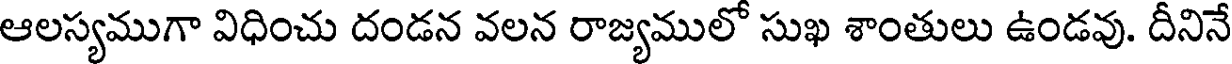
ఆలస్యముగా విధించు దండన వలన రాజ్యములో సుఖ శాంతులు ఉండవు. దీనినే